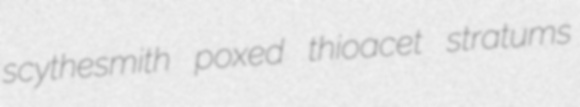
scythesmith poxed thioacet stratums